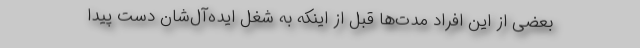
بعضی از این افراد مدت‌ها قبل از اینکه به شغل ایده‌آل‌شان دست پیدا